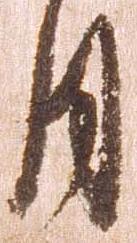
月